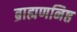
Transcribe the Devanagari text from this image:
ब्राह्मणनिष्ठ